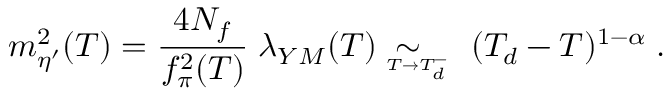
m _ { \eta ^ { \prime } } ^ { 2 } ( T ) = \frac { 4 N _ { f } } { f _ { \pi } ^ { 2 } ( T ) } \; \lambda _ { Y M } ( T ) \; \sim _ { \! \! \! \! \! \! \! \! \! _ { T \rightarrow T _ { d } ^ { - } } } \; ( T _ { d } - T ) ^ { 1 - \alpha } \; .